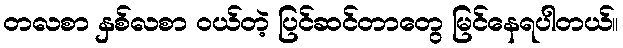
တလစာ နှစ်လစာ ဝယ်တဲ့ ပြင်ဆင်တာတွေ မြင်နေရပါတယ်။